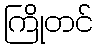
ကြိုတင်